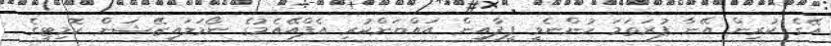
އޭގެ ކުރިން އޭނާ ފުރަތަމަ ހުންނެވީ ފީފާއިން އައްޔަންކުރި އެފްއޭއެމުގެ ނޯމަލައިޒޭޝަން ކޮމިޓީގެ